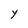
Character: Y